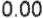
0.00